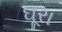
ઘૂરા